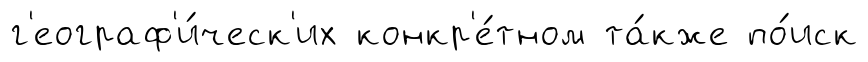
г'еограф'и́ческ'их конкр'е́тном та́кже по́иск